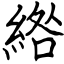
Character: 綹